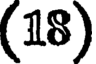
(18)